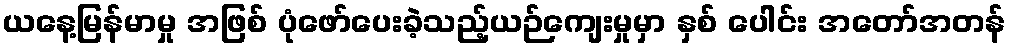
ယနေ့မြန်မာမှု အဖြစ် ပုံဖော်ပေးခဲ့သည့်ယဉ်ကျေးမှုမှာ နှစ် ပေါင်း အတော်အတန်